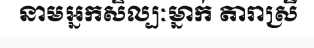
នាមអ្នកសិល្បៈម្នាក់ តារាស្រី